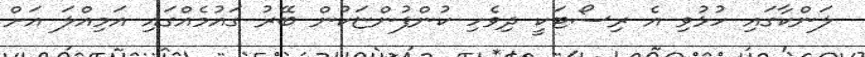
ލަންކާގައި ހުޅުވި އެ ރިސޯޓަކީ ދިވެހި ކުންފުންޏަކުން ބޭރު ގައުމެއްގައި އަމިއްލަ އަށް